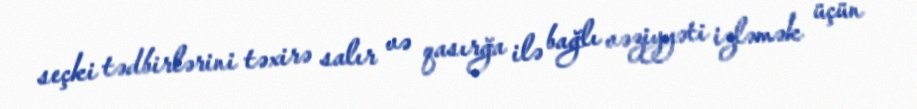
seçki tədbirlərini təxirə salır və qasırğa ilə bağlı vəziyyəti izləmək üçün